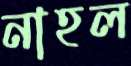
নাহল